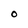
Character: O